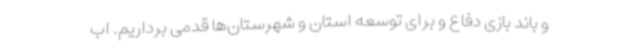
و باند بازی دفاع و برای توسعه استان و شهرستان‌ها قدمی برداریم. اب